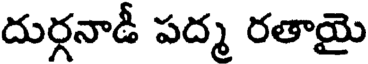
దుర్గనాడీ పద్మ రతాయై